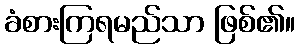
ခံစားကြရမည်သာ ဖြစ်၏။